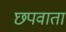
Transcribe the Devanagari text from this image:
छपवाता